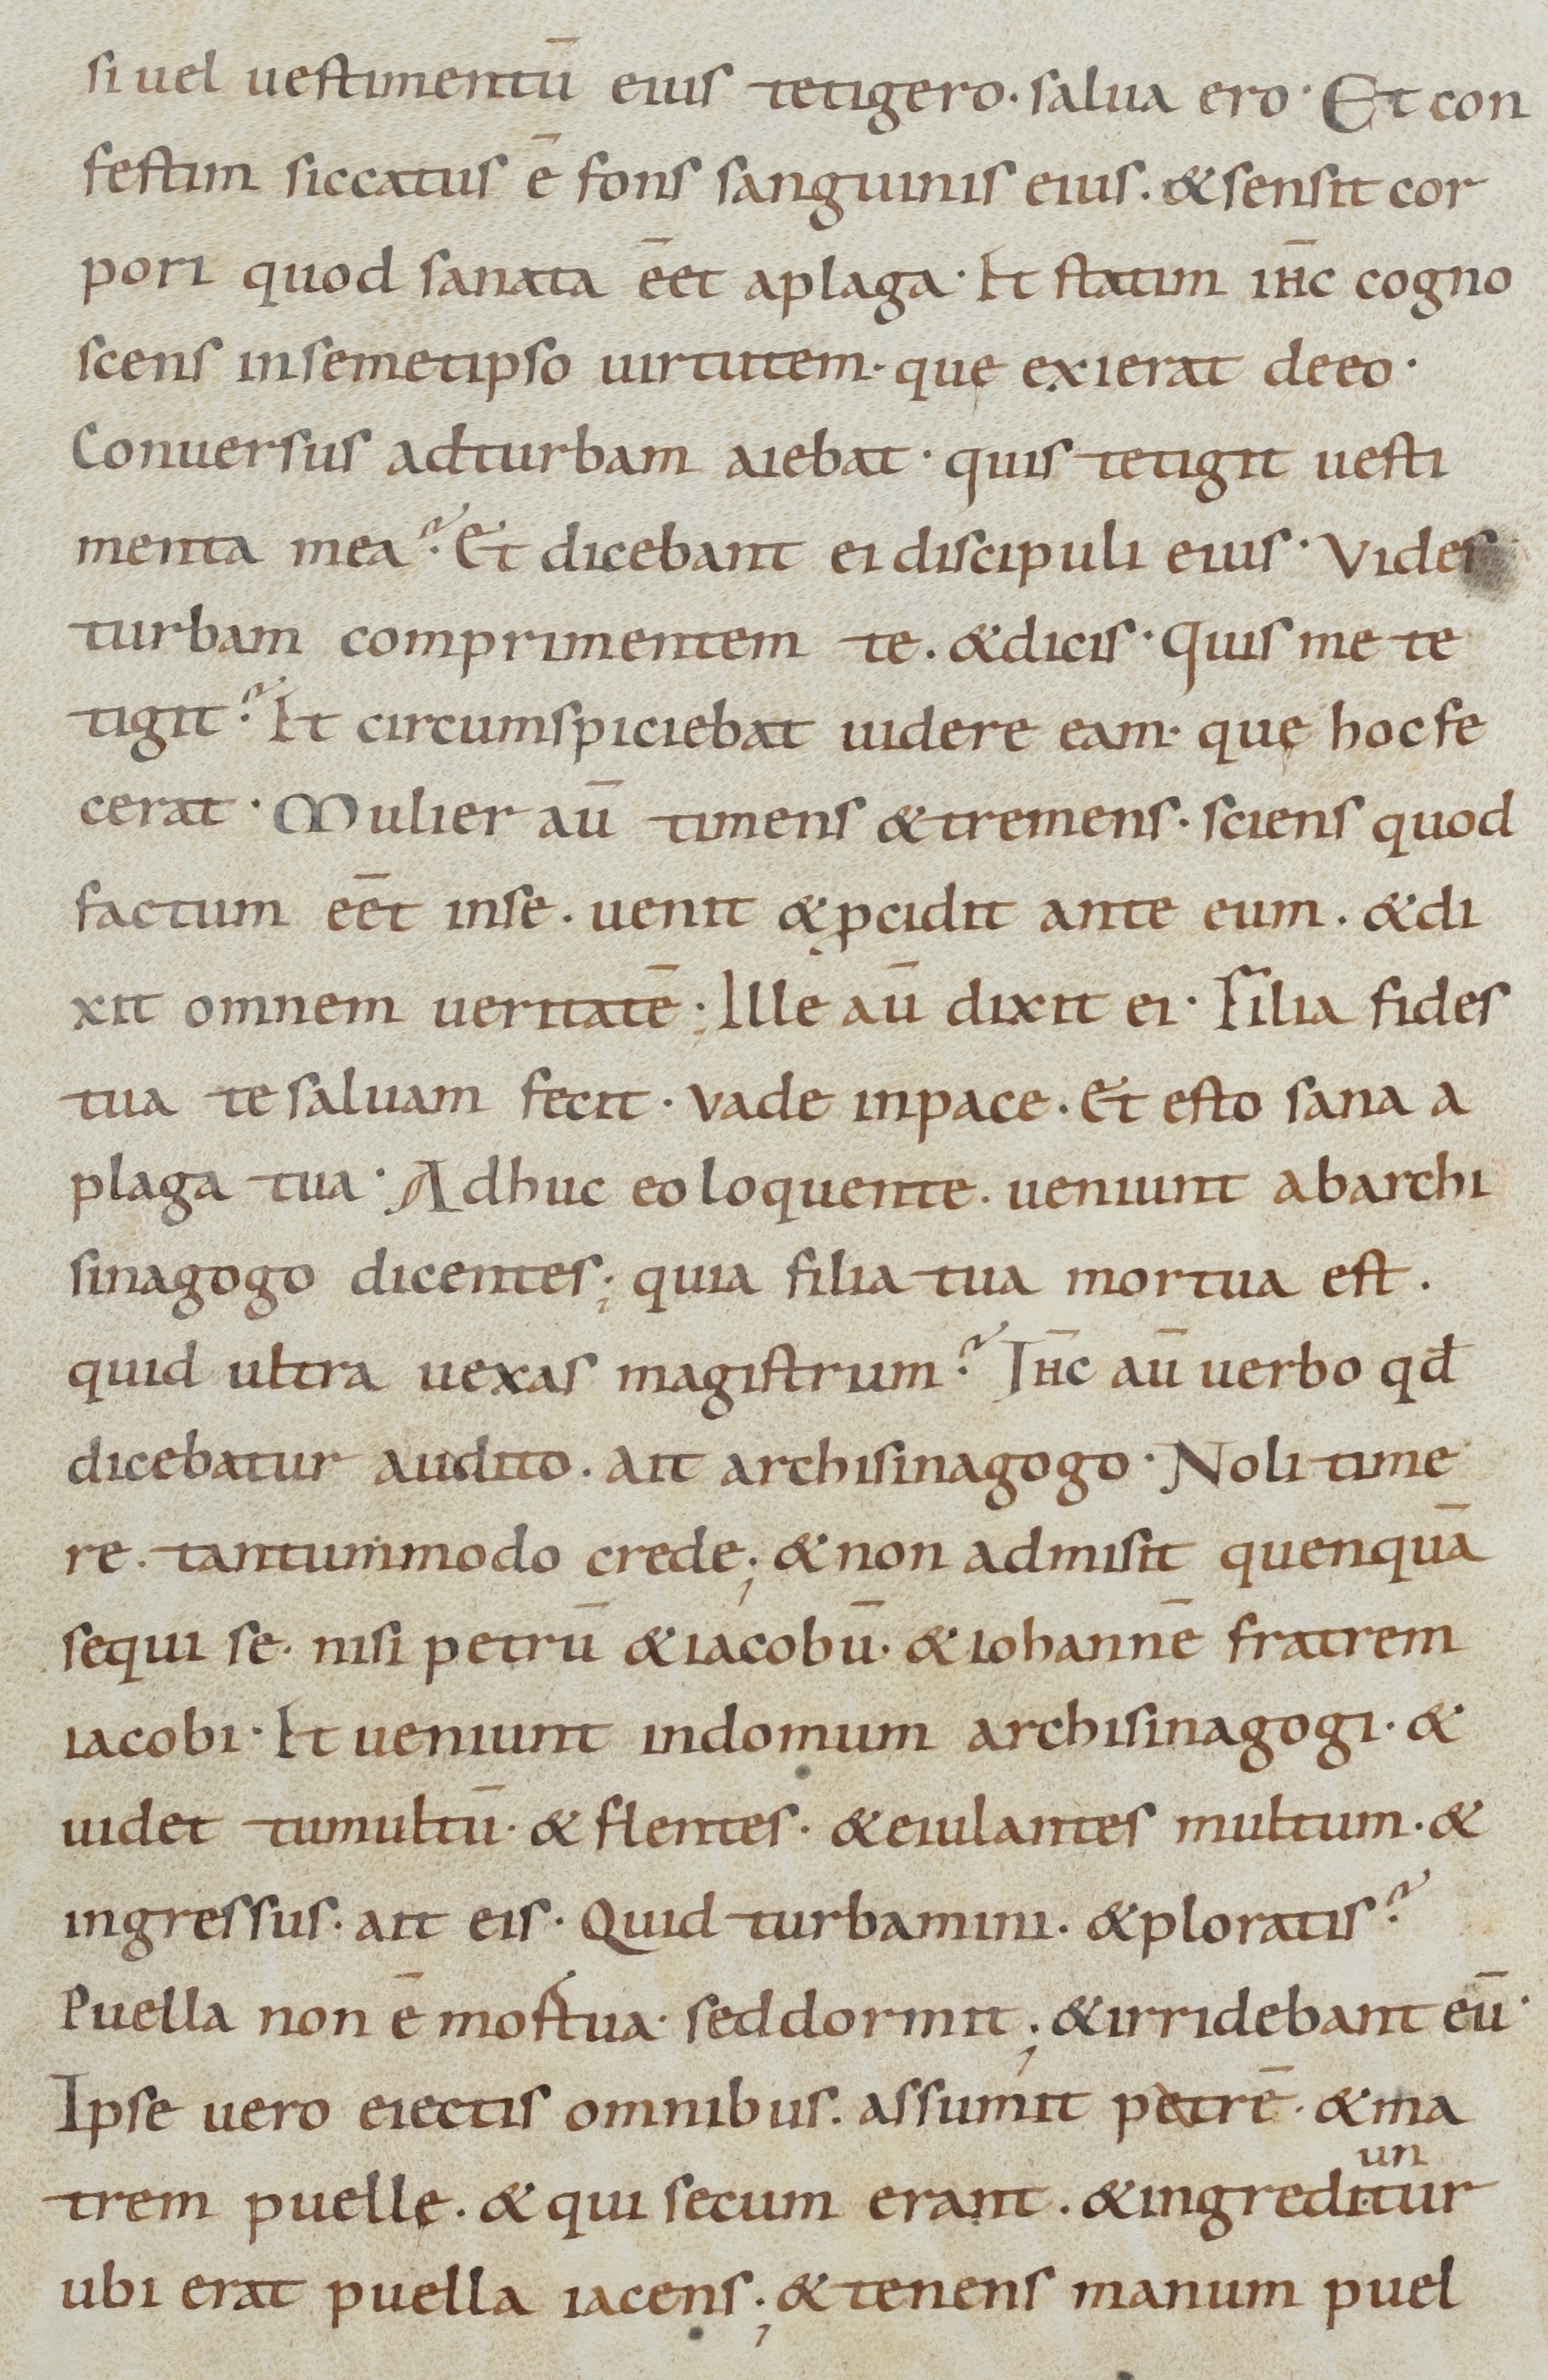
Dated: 885–950